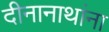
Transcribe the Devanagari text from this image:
दीनानाथांना